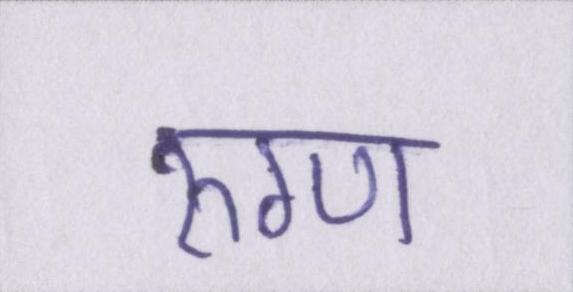
रुग्ण